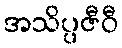
အသိပ္ပဇီဝီ